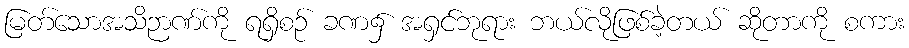
မြတ်သောအသိဉာဏ်ကို ရရှိစဉ် ခဏ၌ အရှင်ဘုရား ဘယ်လိုဖြစ်ခဲ့တယ် ဆိုတာကို စကား